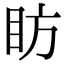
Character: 眆